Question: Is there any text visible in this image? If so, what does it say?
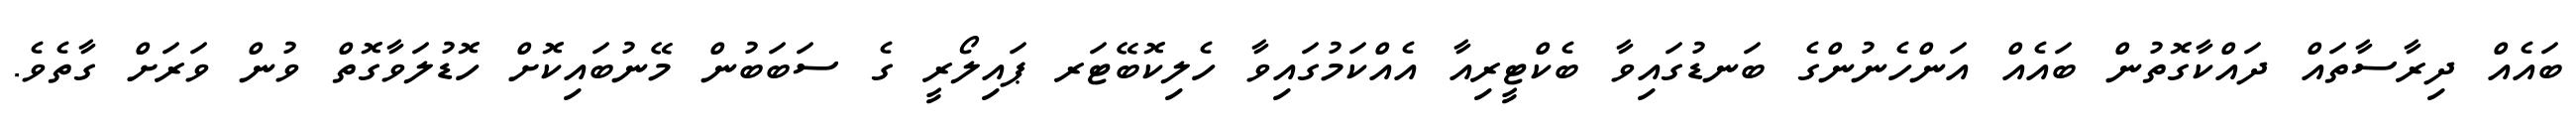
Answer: ބައެއް ދިރާސާތައް ދައްކާގޮތުން ބައެއް އަންހެނުންގެ ބަނޑުގައިވާ ބެކްޓީރިއާ އެއްކަމުގައިވާ ހެލިކޮބޭޓަރ ޕައިލޯރީ ގެ ސަބަބުން މޭނުބައިކޮށް ހޮޑުލަވާގޮތް ވުން ވަރަށް ގާތެވެ.